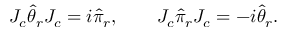
J _ { c } \widehat \theta _ { r } J _ { c } = i \widehat \pi _ { r } , \qquad J _ { c } \widehat \pi _ { r } J _ { c } = - i \widehat \theta _ { r } .